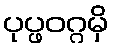
ပုပ္ဖဝဂ္ဂမှိ